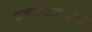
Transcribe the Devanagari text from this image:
प्रकल्पांअभावी